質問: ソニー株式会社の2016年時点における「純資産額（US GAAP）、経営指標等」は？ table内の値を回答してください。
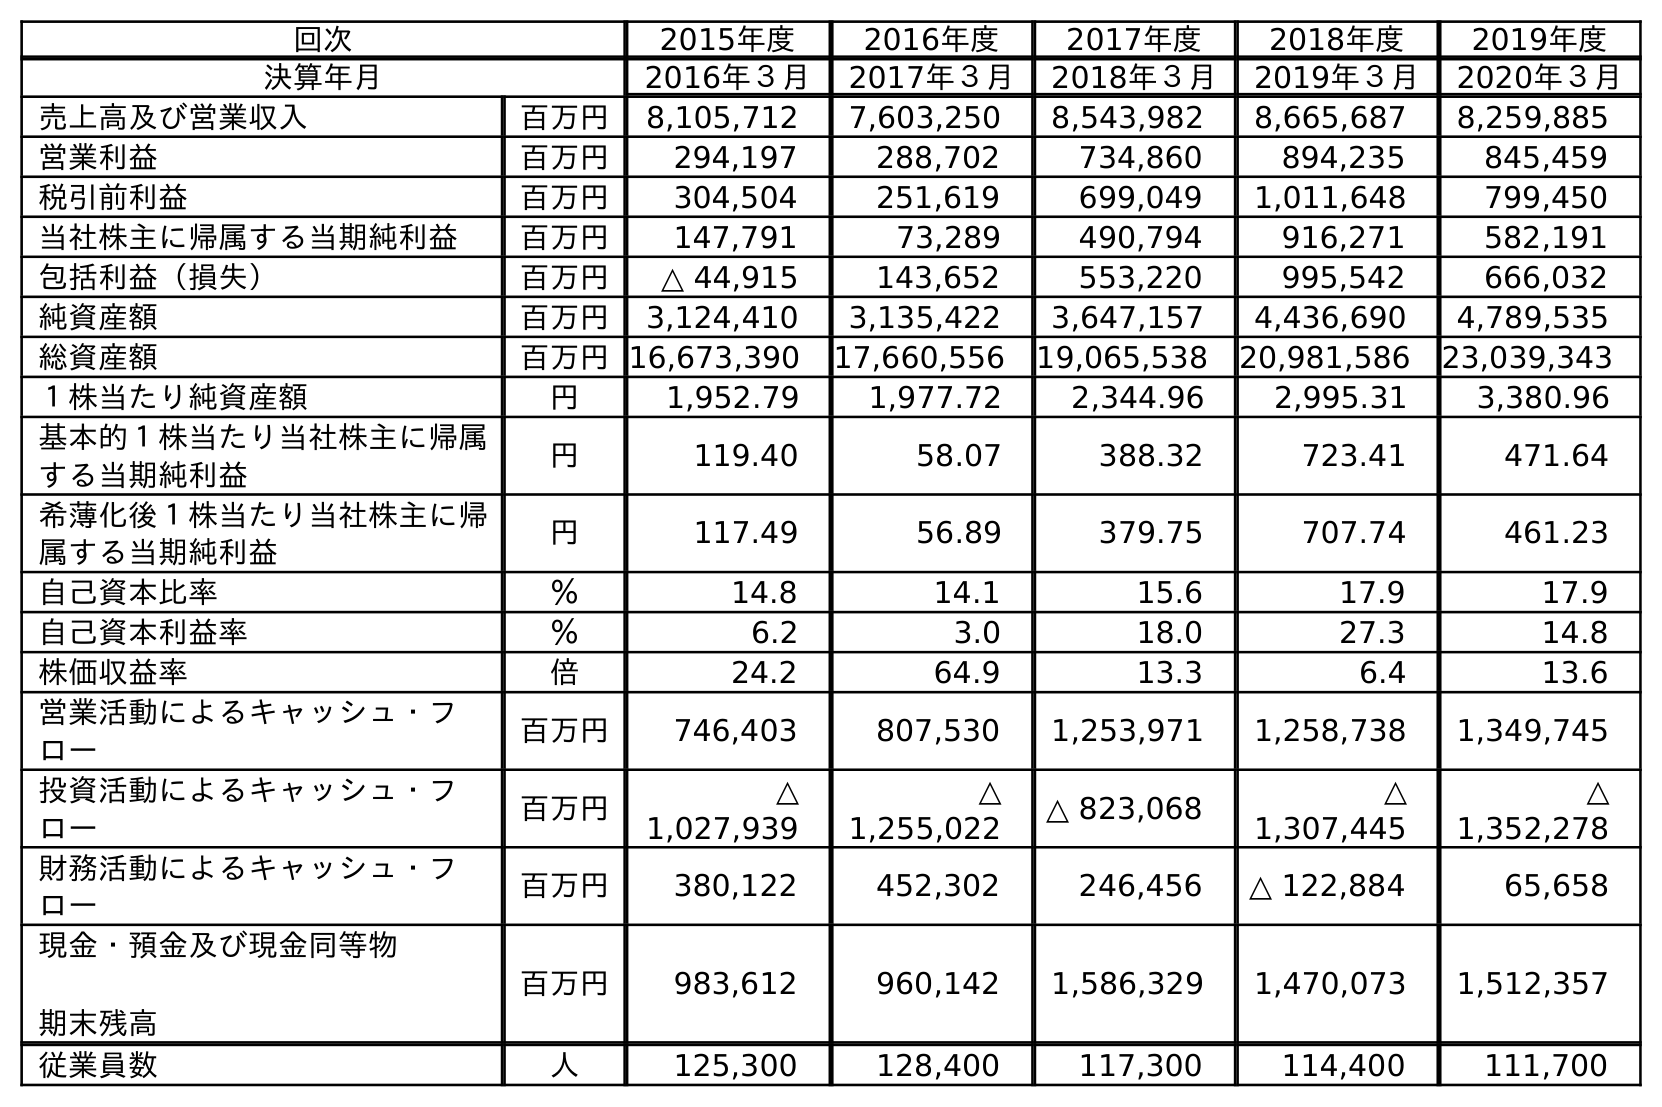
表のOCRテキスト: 回次 2015年度 2016年度 2017年度 2018年度 2019年度 決算年月 2016年３月 2017年３月 2018年３月 2019年３月 2020年３月 売上高及び営業収入 百万円 8,105,712 7,603,250 8,543,982 8,665,687 8,259,885 営業利益 百万円 294,197 288,702 734,860 894,235 845,459 税引前利益 百万円 304,504 251,619 699,049 1,011,648 799,450 当社株主に帰属する当期純利益 百万円 147,791 73,289 490,794 916,271 582,191 包括利益（損失） 百万円 △ 44,915 143,652 553,220 995,542 666,032 純資産額 百万円 3,124,410 3,135,422 3,647,157 4,436,690 4,789,535 総資産額 百万円16,673,390 17,660,556 19,065,538 20,981,586 23,039,343 １株当たり純資産額 円 1,952.79 1,977.72 2,344.96 2,995.31 3,380.96 基本的１株当たり当社株主に帰属 する当期純利益 円 119.40 58.07 388.32 723.41 471.64 希薄化後１株当たり当社株主に帰 属する当期純利益 円 117.49 56.89 379.75 707.74 461.23 自己資本比率 ％ 14.8 14.1 15.6 17.9 17.9 自己資本利益率 ％ 6.2 3.0 18.0 27.3 14.8 株価収益率 倍 24.2 64.9 13.3 6.4 13.6 営業活動によるキャッシュ・フ ロー 百万円 746,403 807,530 1,253,971 1,258,738 1,349,745 投資活動によるキャッシュ・フ ロー 百万円 △ 1,027,939 △ 1,255,022 △ 823,068 △ 1,307,445 △ 1,352,278 財務活動によるキャッシュ・フ ロー 百万円 380,122 452,302 246,456 △ 122,884 65,658 現金・預金及び現金同等物 期末残高 百万円 983,612 960,142 1,586,329 1,470,073 1,512,357 従業員数 人 125,300 128,400 117,300 114,400 111,700
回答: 3,124,410